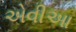
એવીઆ